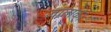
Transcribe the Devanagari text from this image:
ज्ञाताको